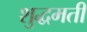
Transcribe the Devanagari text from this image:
शुद्धमती